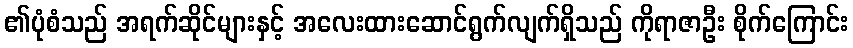
၏ပုံစံသည် အရက်ဆိုင်များနှင့် အလေးထားဆောင်ရွက်လျက်ရှိသည် ကိုရာဇာဦး စိုက်ကြောင်း